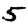
Digit: 5